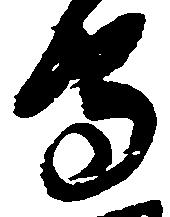
守